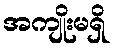
အကျိုးမရှိ